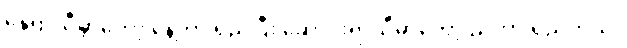
နွေရာသီမှာတော့ နေ့တာ ရှည်ပြီး ဆောင်းရာသီမှာတော့ ညတာ ရှည်တယ်။